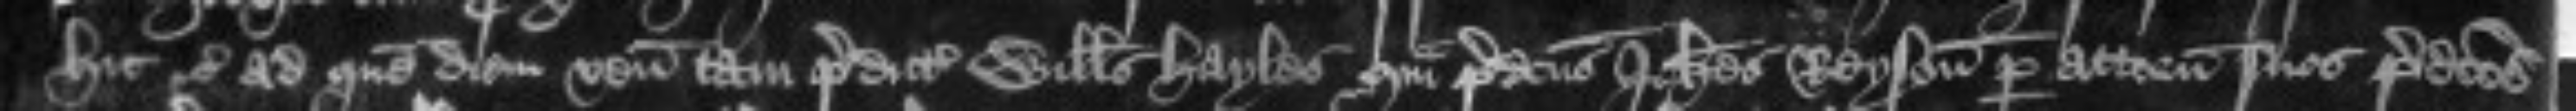
hic etc ad quem diem veniunt tam predictus Willelmus Hayles quam predictus Johannes Reyson per attornatos suos predictos